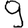
Digit: 9